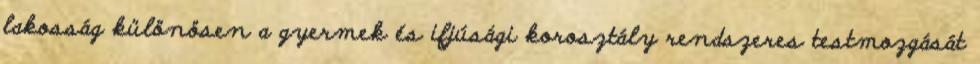
lakosság különösen a gyermek és ifjúsági korosztály rendszeres testmozgását